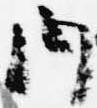
内